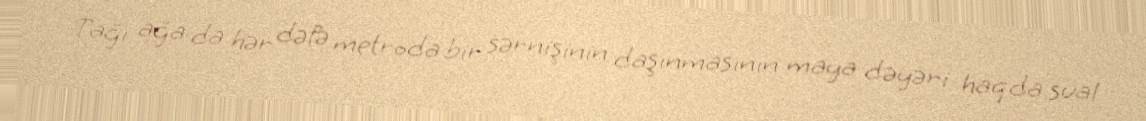
Tağı ağa da hər dəfə metroda bir sərnişinin daşınmasının maya dəyəri haqda sual